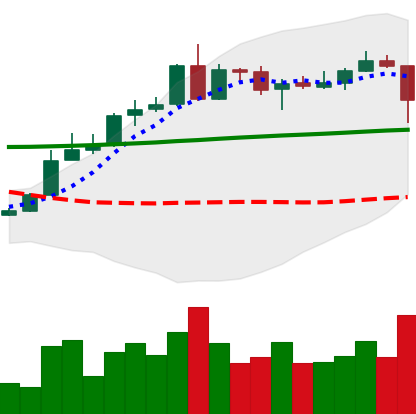
Ticker: ADA-USD
Chart end date: 2020-05-10
Forward return: 5.844%
Label: up_5_7